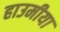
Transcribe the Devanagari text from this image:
हाउमीया